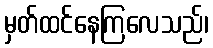
မှတ်ထင်နေကြလေသည်၊